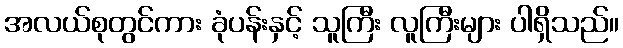
အလယ်စုတွင်ကား ခုံပန်းနှင့် သူကြီး လူကြီးများ ပါရှိသည်။